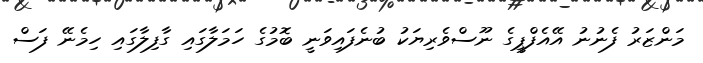
މަންޒަރު ފެނުނު އޭއެފްޕީގެ ނޫސްވެރިޔަކު ބުނެފައިވަނީ ބޮމުގެ ހަމަލާގައި ގާފިލާގައި ހިމެނޭ ފަސް